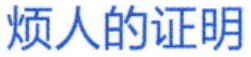
烦人的证明